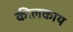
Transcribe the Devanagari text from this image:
कीलकाय